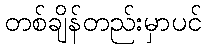
တစ်ချိန်တည်းမှာပင်